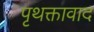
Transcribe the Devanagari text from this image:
पृथक्तावाद